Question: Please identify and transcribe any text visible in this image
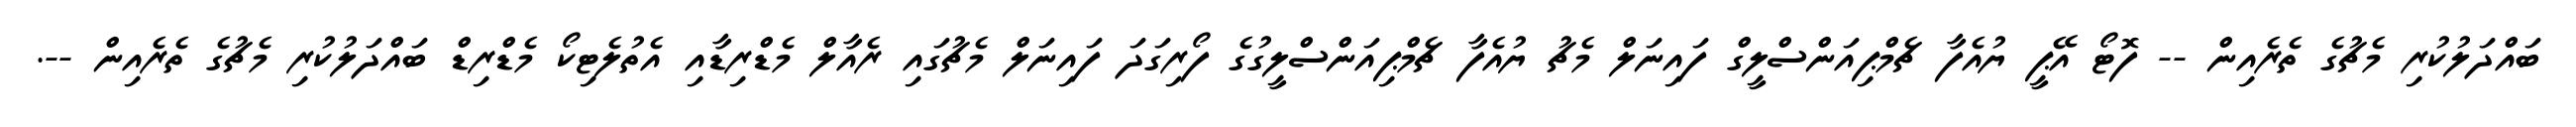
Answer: ބައްދަލުކުރި މެޗުގެ ތެރެއިން -- ފޮޓޯ އޭޕީ ޔުއެފާ ޗެމްޕިއަންސްލީގް ފައިނަލް މެޗު ޔުއެފާ ޗެމްޕިއަންސްލީގުގެ ފޯރިގަދަ ފައިނަލް މެޗުގައި ރެއާލް މެޑްރިޑާއި އެތުލެޓިކޯ މެޑްރިޑް ބައްދަލުކުރި މެޗުގެ ތެރެއިން --.